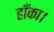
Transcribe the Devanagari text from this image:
हाँका।